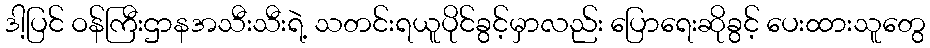
ဒါ့ပြင် ဝန်ကြီးဌာနအသီးသီးရဲ့ သတင်းရယူပိုင်ခွင့်မှာလည်း ပြောရေးဆိုခွင့် ပေးထားသူတွေ